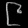
Digit: ၉